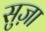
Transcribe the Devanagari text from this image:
सुज़ा